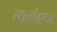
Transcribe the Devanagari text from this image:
स्थळांवरून